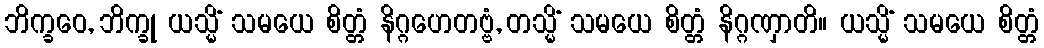
ဘိက္ခဝေ, ဘိက္ခု ယသ္မိံ သမယေ စိတ္တံ နိဂ္ဂဟေတဗ္ဗံ, တသ္မိံ သမယေ စိတ္တံ နိဂ္ဂဏှာတိ။ ယသ္မိံ သမယေ စိတ္တံ